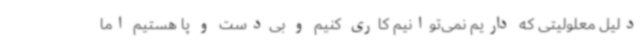
دلیل معلولیتی که داریم نمی‌توانیم کاری کنیم و بی‌دست و پا هستیم اما